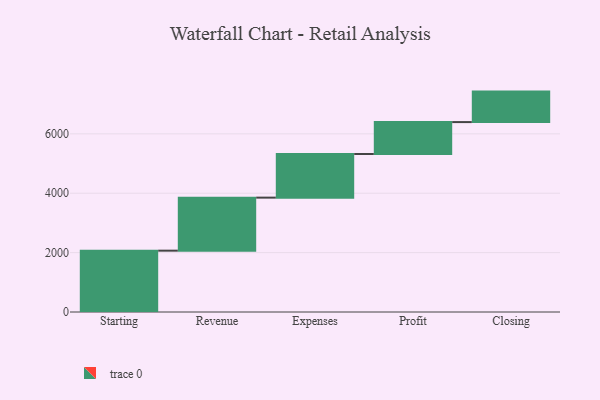
{"axis": {"x": "Step", "y": "Value"}, "legend": [""], "data": [{"x": "Starting", "y": 2066.0, "type": ""}, {"x": "Revenue", "y": 1786.0, "type": ""}, {"x": "Expenses", "y": 1470.0, "type": ""}, {"x": "Profit", "y": 1074.0, "type": ""}, {"x": "Closing", "y": 1027.0, "type": ""}]}